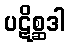
ပဋိစ္ဆဒါ